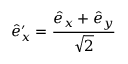
\hat { e } _ { x } ^ { \prime } = \frac { \hat { e } _ { x } + \hat { e } _ { y } } { \sqrt { 2 } }